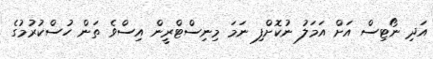
އަދި ނޯޓިސް އަށް އަމަލު ނުކޮށްފި ނަމަ މިނިސްޓްރީން އިސްވެ ތަން ހުސްކުރުމުގެ